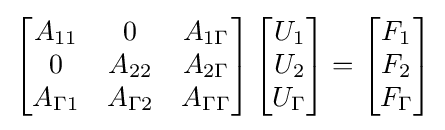
\left[{\begin{matrix}A_{11}&0&A_{1\Gamma }\\0&A_{22}&A_{2\Gamma }\\A_{\Gamma 1}&A_{\Gamma 2}&A_{\Gamma \Gamma }\end{matrix}}\right]\left[{\begin{matrix}U_{1}\\U_{2}\\U_{\Gamma }\end{matrix}}\right]=\left[{\begin{matrix}F_{1}\\F_{2}\\F_{\Gamma }\end{matrix}}\right]